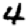
Digit: 4